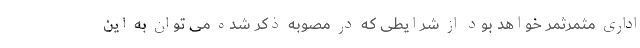
اداری مثمرثمر خواهد بود از شرایطی که در مصوبه ذکر شده می توان به این